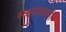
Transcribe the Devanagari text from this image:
सक्षमकारी